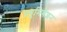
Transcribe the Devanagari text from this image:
फ़्यूमिगेशन